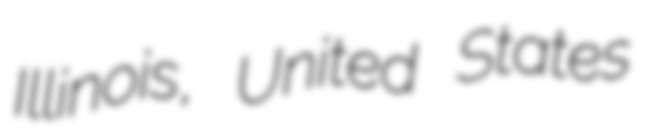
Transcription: Illinois, United States